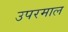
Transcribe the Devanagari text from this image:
उपरमाल